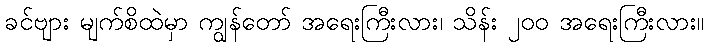
ခင်ဗျား မျက်စိထဲမှာ ကျွန်တော် အရေးကြီးလား၊ သိန်း ၂၀၀ အရေးကြီးလား။